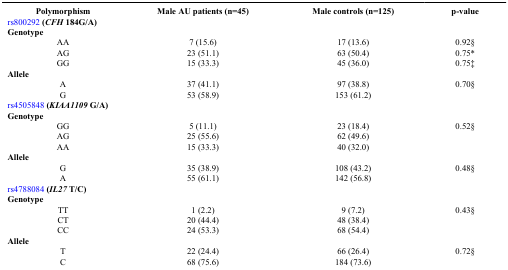
<table><thead><tr><td><b>Polymorphism</b></td><td><b>Male AU patients (n=45)</b></td><td><b>Male controls (n=125)</b></td><td><b>p-value</b></td></tr></thead><tbody><tr><td colspan="4">rs800292<b> (<i>CFH</i> 184G/A)</b></td></tr><tr><td colspan="4"><b>Genotype</b></td></tr><tr><td>AA</td><td>7 (15.6)</td><td>17 (13.6)</td><td>0.92§</td></tr><tr><td>AG</td><td>23 (51.1)</td><td>63 (50.4)</td><td>0.75*</td></tr><tr><td>GG</td><td>15 (33.3)</td><td>45 (36.0)</td><td>0.75‡</td></tr><tr><td colspan="4"><b>Allele</b></td></tr><tr><td>A</td><td>37 (41.1)</td><td>97 (38.8)</td><td>0.70§</td></tr><tr><td>G</td><td>53 (58.9)</td><td>153 (61.2)</td><td> </td></tr><tr><td colspan="4">rs4505848<b> (<i>KIAA1109</i> G/A)</b></td></tr><tr><td colspan="4"><b>Genotype</b></td></tr><tr><td>GG</td><td>5 (11.1)</td><td>23 (18.4)</td><td>0.52§</td></tr><tr><td>AG</td><td>25 (55.6)</td><td>62 (49.6)</td><td> </td></tr><tr><td>AA</td><td>15 (33.3)</td><td>40 (32.0)</td><td> </td></tr><tr><td colspan="4"><b>Allele</b></td></tr><tr><td>G</td><td>35 (38.9)</td><td>108 (43.2)</td><td>0.48§</td></tr><tr><td>A</td><td>55 (61.1)</td><td>142 (56.8)</td><td> </td></tr><tr><td colspan="4">rs4788084<b> (<i>IL27</i> T/C)</b></td></tr><tr><td colspan="4"><b>Genotype</b></td></tr><tr><td>TT</td><td>1 (2.2)</td><td>9 (7.2)</td><td>0.43§</td></tr><tr><td>CT</td><td>20 (44.4)</td><td>48 (38.4)</td><td> </td></tr><tr><td>CC</td><td>24 (53.3)</td><td>68 (54.4)</td><td> </td></tr><tr><td colspan="4"><b>Allele</b></td></tr><tr><td>T</td><td>22 (24.4)</td><td>66 (26.4)</td><td>0.72§</td></tr><tr><td>C</td><td>68 (75.6)</td><td>184 (73.6)</td><td> </td></tr></tbody></table>